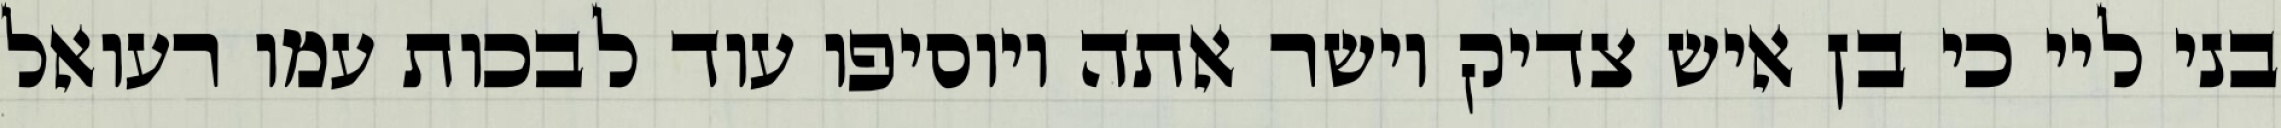
בני ליי כי בן איש צדיק וישר אתה ויוסיפו עוד לבכות עמו רעואל